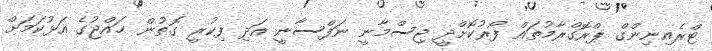
ޓްރެއިނިންގް ޕްރޮގްރާމުތައް ފޯރުކޮށްދީ ޖިސްމާނީ ނަފްސާނީ އަދި ފިކުރީ ގޮތުން ޙައްޖުގެ އަޅުކަމަށް